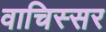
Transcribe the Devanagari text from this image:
वाचिस्सर